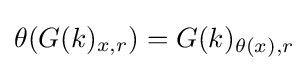
\theta (G(k)_{x,r})=G(k)_{\theta (x),r}